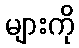
များကို